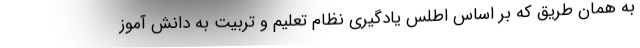
به همان طریق که بر اساس اطلس یادگیری نظام تعلیم و تربیت به دانش آموز